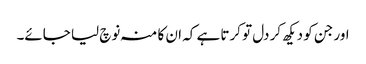
اور جن کو دیکھ کر دل تو کرتا ہے کہ ان کا منہ نوچ لیا جائے۔